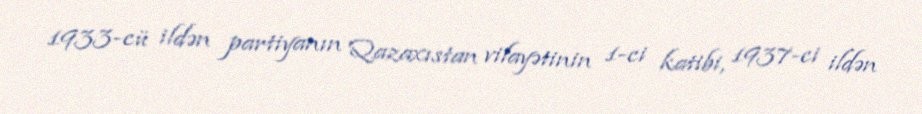
1933-cü ildən partiyanın Qazaxıstan vilayətinin 1-ci katibi, 1937-ci ildən